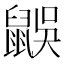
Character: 𪕜